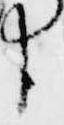
臣